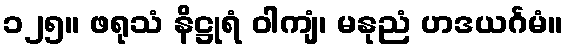
၁၂၅။ ဖရုသံ နိဋ္ဌုရံ ဝါကျံ၊ မနုညံ ဟဒယင်္ဂမံ။